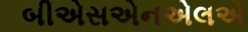
બીએસએનએલએ